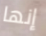
إنها